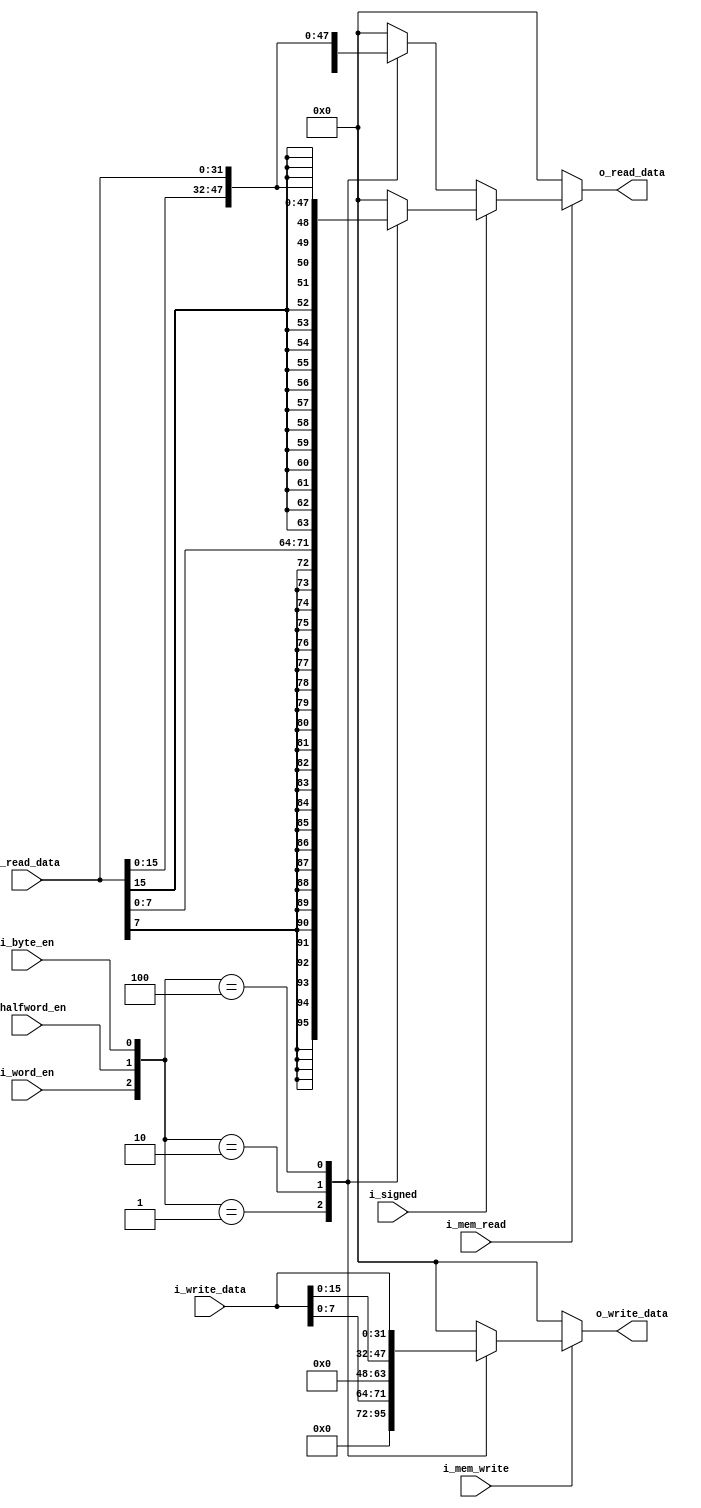
`timescale 1ns / 1ps

module data_mem_controller#(
    parameter NB_DATA = 32
) 
(   
    input                   i_signed,
    input                   i_mem_write,
    input                   i_mem_read,
    input                   i_word_en,
    input                   i_halfword_en,
    input                   i_byte_en,

    input  [NB_DATA-1:0]    i_write_data,
    input  [NB_DATA-1:0]    i_read_data,

    output [NB_DATA-1:0]    o_write_data,
    output [NB_DATA-1:0]  	o_read_data
);

    reg [NB_DATA-1:0]   write_data;
    reg [NB_DATA-1:0]   read_data;

	always@(*) begin
        // Read
        if(i_mem_read)begin
            // Signed
            if(i_signed)begin
                case({i_word_en, i_halfword_en, i_byte_en})
                    3'b001:
                        read_data = {{24{i_read_data[7]}}, i_read_data[7:0]};
                    3'b010:
                        read_data = {{16{i_read_data[15]}}, i_read_data[15:0]};
                    3'b100:
                        read_data = i_read_data;

                    default:
                        read_data = 32'b0;
                endcase
            end
            // Unsigned
            else begin
                case({i_word_en, i_halfword_en, i_byte_en})
                    3'b001:
                        read_data = {{24'b0}, i_read_data[7:0]};
                    3'b010:
                        read_data = {{16'b0}, i_read_data[15:0]};
                    3'b100:
                        read_data = i_read_data;

                    default:
                        read_data = 32'b0;
                endcase
            end
        end
        else
            read_data = 32'b0;
        
        // Write
        if(i_mem_write)begin
            case({i_word_en, i_halfword_en, i_byte_en})
                3'b001:
                    write_data = i_write_data[7:0];
                3'b010:
                    write_data = i_write_data[15:0];
                3'b100:
                    write_data = i_write_data;

                default:
                    write_data = 32'b0;
            endcase
        end
        else
            write_data = 32'b0;
	end

    assign o_write_data = write_data;
	assign o_read_data  = read_data;

endmodule